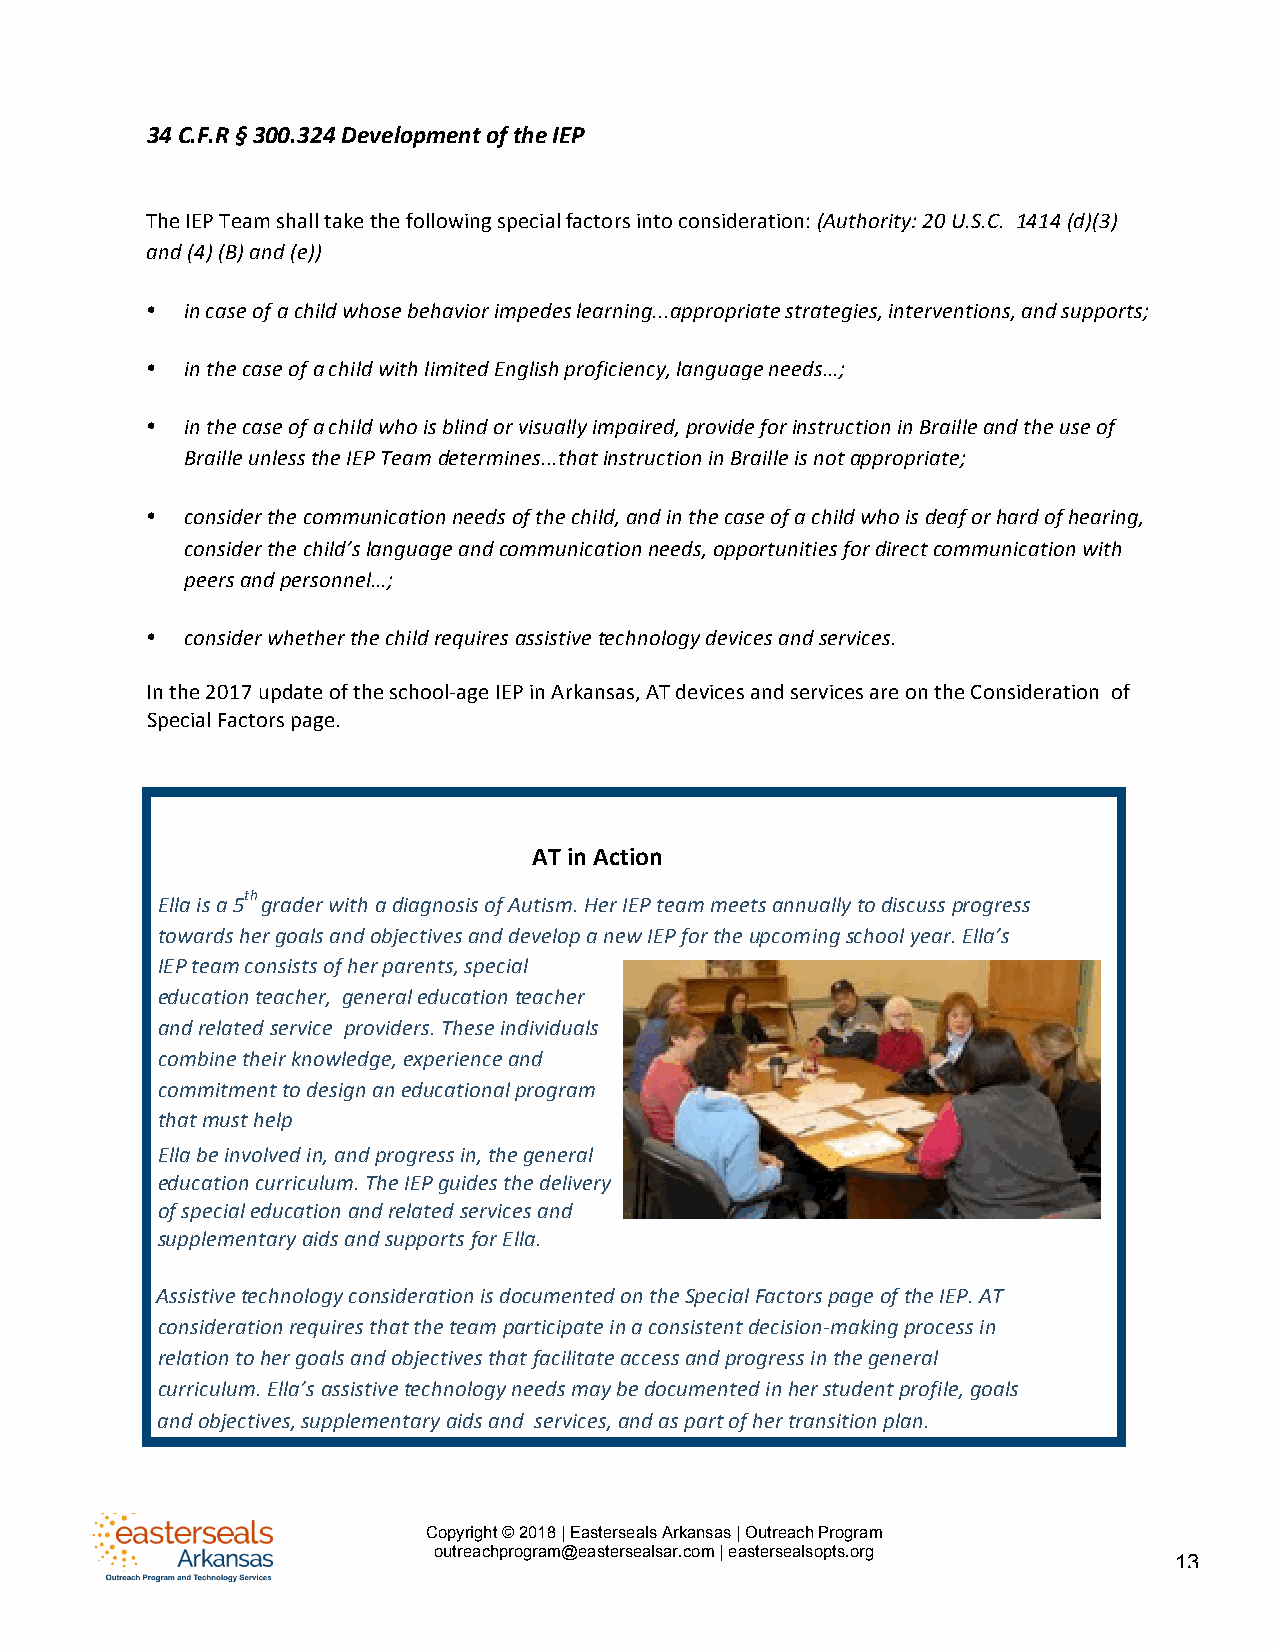
34 C.F.R § 300.324 Development of the IEP
 The IEP Team shall take the following special factors into consideration: (Authority: 20 U.S.C. 1414 (d)(3)
 and (4) (B) and (e))
 • in case of a child whose behavior impedes learning...appropriate strategies, interventions, and supports;
 • in the case of a child with limited English proficiency, language needs…;
 • in the case of a child who is blind or visually impaired, provide for instruction in Braille and the use of
 Braille unless the IEP Team determines...that instruction in Braille is not appropriate;
 • consider the communication needs of the child, and in the case of a child who is deaf or hard of hearing,
 consider the child’s language and communication needs, opportunities for direct communication with
 peers and personnel…;
 • consider whether the child requires assistive technology devices and services.
 In the 2017 update of the school-age IEP in Arkansas, AT devices and services are on the Consideration of
 Special Factors page.
 AT in Action
 Ella is a
 5th
 grader with a diagnosis of Autism. Her IEP team meets annually to discuss progress
 towards her goals and objectives and develop a new IEP for the upcoming school year. Ella’s
 IEP team consists of her parents, special
 education teacher, general education teacher
 and related service providers. These individuals
 combine their knowledge, experience and
 commitment to design an educational program
 that must help
 Ella be involved in, and progress in, the general
 education curriculum. The IEP guides the delivery
 of special education and related services and
 supplementary aids and supports for Ella.
 Assistive technology consideration is documented on the Special Factors page of the IEP. AT
 consideration requires that the team participate in a consistent decision-making process in
 relation to her goals and objectives that facilitate access and progress in the general
 curriculum. Ella’s assistive technology needs may be documented in her student profile, goals
 and objectives, supplementary aids and services, and as part of her transition plan.
 Copyright © 2018 | Easterseals Arkansas | Outreach Program
 outreachprogram@eastersealsar.com | eastersealsopts.org
 13